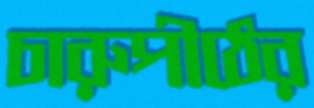
চারুপীঠের